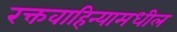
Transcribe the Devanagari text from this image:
रक्तवाहिन्यामधील